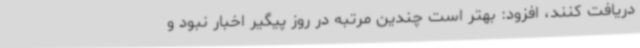
دریافت کنند، افزود: بهتر است چندین مرتبه در روز پیگیر اخبار نبود و